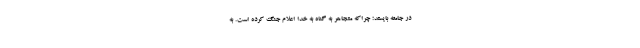
در جامعه بایستد؛ چراکه متجاهر به گناه به خدا اعلام جنگ کرده است. به